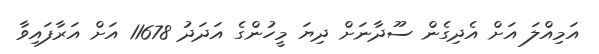
އަމިއްލަ އަށް އެދިގެން ސޫދާނަށް ދިޔަ މީހުންގެ އަދަދު 11678 އަށް އަރާފައިވާ